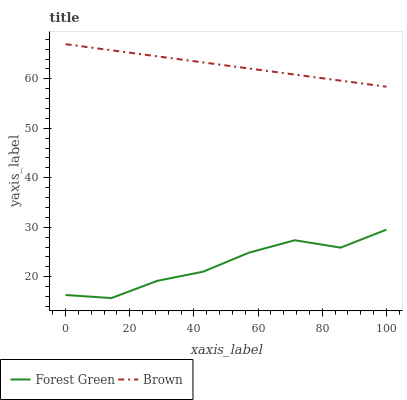
| xaxis_label | Forest Green | Brown |
 | --- | --- | --- |
 | 0 | 16.3 | 67 |
 | 14.3 | 15.7 | 65.8 |
 | 28.6 | 19.2 | 64.5 |
 | 42.9 | 21 | 63.3 |
 | 57.1 | 24.9 | 62.1 |
 | 71.4 | 27.4 | 60.9 |
 | 85.7 | 25.9 | 59.6 |
 | 100 | 29.5 | 58.4 |